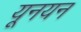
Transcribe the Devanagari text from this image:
यूनयन